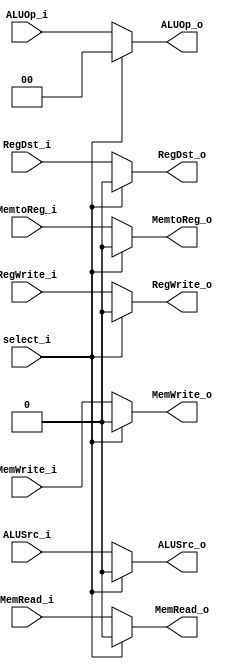
module MUX_Hazard
(
    RegDst_i,
    ALUSrc_i,
    ALUOp_i,
    MemRead_i,
    MemWrite_i,
    MemtoReg_i,
    RegWrite_i,
    select_i,

    RegDst_o,
    ALUSrc_o,
    ALUOp_o,
    MemRead_o,
    MemWrite_o,
    MemtoReg_o,
    RegWrite_o
);

input   [1:0]		ALUOp_i;
input				RegDst_i, ALUSrc_i, MemRead_i, MemWrite_i, MemtoReg_i, RegWrite_i, select_i;
output  [1:0]		ALUOp_o;
output				RegDst_o, ALUSrc_o, MemRead_o, MemWrite_o, MemtoReg_o, RegWrite_o;

reg		[1:0]		ALUOp_o;
reg					RegDst_o, ALUSrc_o, MemRead_o, MemWrite_o, MemtoReg_o, RegWrite_o;

always@(*) begin
    if(select_i) begin
		RegDst_o = 1'b0;
		ALUSrc_o = 1'b0;
		ALUOp_o  = 2'b0;
		MemRead_o = 1'b0;
		MemWrite_o = 1'b0;
		MemtoReg_o = 1'b0;
		RegWrite_o = 1'b0;
    end
	else begin
		RegDst_o = RegDst_i;
		ALUSrc_o = ALUSrc_i;
		ALUOp_o  = ALUOp_i;
		MemRead_o = MemRead_i;
		MemWrite_o = MemWrite_i;
		MemtoReg_o = MemtoReg_i;
		RegWrite_o = RegWrite_i;
	end

end

endmodule